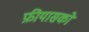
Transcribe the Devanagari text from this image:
फ़ीयासको